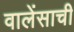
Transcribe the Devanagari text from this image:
वालेंसाची